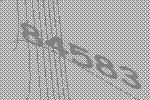
84583